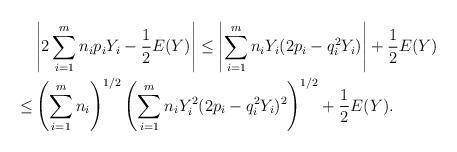
LaTeX: \begin{align*}& \left| 2 \sum_{i=1}^m n_i p_i Y_i - \frac{1}{2} E(Y)\right| \leq \left|\sum_{i=1}^m n_i Y_i (2 p_i - q_i^2Y_i)\right| + \frac{1}{2} E(Y) \\\leq & \left ( \sum_{i=1}^m n_i \right )^{1/2} \left (\sum_{i=1}^m n_iY_i^2 (2 p_i - q_i^2Y_i)^2 \right )^{1/2} + \frac{1}{2} E(Y).\end{align*}